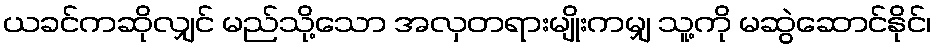
ယခင်ကဆိုလျှင် မည်သို့သော အလှတရားမျိုးကမျှ သူ့ကို မဆွဲဆောင်နိုင်၊